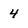
Character: 4